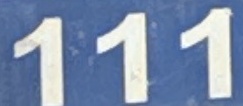
111